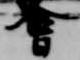
会